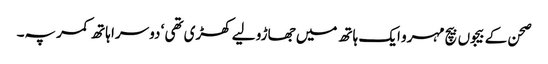
صحن کے بیجوں بیچ مہرو ایک ہاتھ میں جھاڑو لیے کھڑی تھی ‘ دوسرا ہاتھ کمر پہ۔